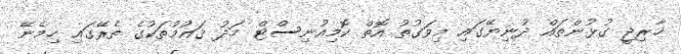
ޚާރިޖީ ގުޅުންތައް ދުނިޔޭގައި މިވަގުތު އޮތް ކޮމިއުނިސްޓް މަދު ޤައުމުތަކުގެ ތެރޭގައި ހިމެނޭ